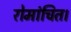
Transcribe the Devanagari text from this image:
रोमांचित।